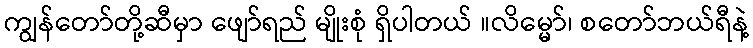
ကျွန်တော်တို့ဆီမှာ ဖျော်ရည် မျိုးစုံ ရှိပါတယ် ။လိမ္မော်၊ စတော်ဘယ်ရီနဲ့